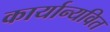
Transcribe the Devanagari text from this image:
कार्यान्यवित